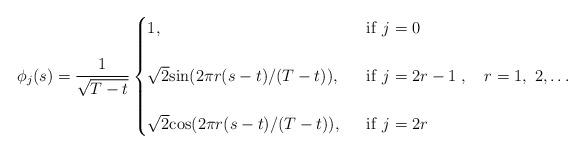
LaTeX: \begin{align*}\phi_j(s)=\frac{1}{\sqrt{T-t}}\begin{cases}1,\ &\ {\rm if}\ j=0\\~\\\sqrt{2}{\rm sin}(2\pi r(s-t)/(T-t)),\ &\ {\rm if}\ j=2r-1\\~\\\sqrt{2}{\rm cos}(2\pi r(s-t)/(T-t)),\ &\ {\rm if}\ j=2r\end{cases},\ \ \ r=1,\ 2,\ldots\end{align*}